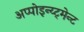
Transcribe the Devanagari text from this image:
अप्पोइन्य्ट्मेन्ट